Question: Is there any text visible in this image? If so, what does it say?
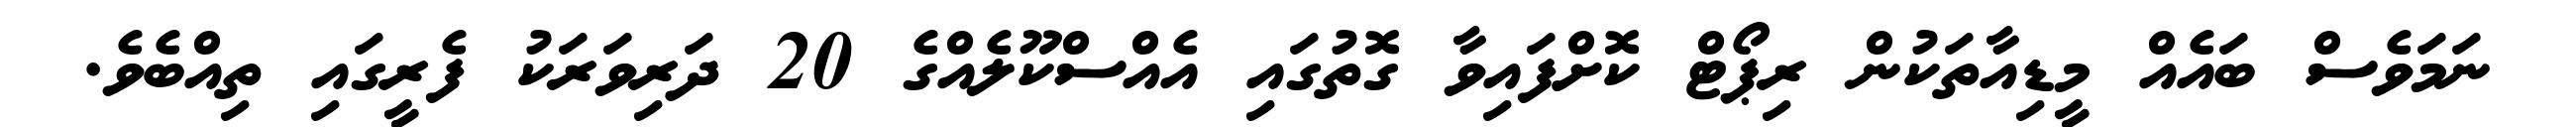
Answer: ނަމަވެސް ބައެއް މީޑިއާތަކުން ރިޕޯޓް ކޮށްފައިވާ ގޮތުގައި އެއްސްކޫލެއްގެ 20 ދަރިވަރަކު ފެރީގައި ތިއްބެވެ.